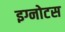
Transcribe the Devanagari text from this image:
इग्नोटस